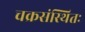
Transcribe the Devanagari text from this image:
चक्रसंस्थितः